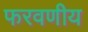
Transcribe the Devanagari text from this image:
फरवणीय